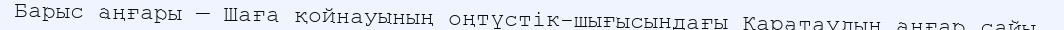
Барыс аңғары — Шаға қойнауының оңтүстік-шығысындағы Қаратаудың аңғар сайы.